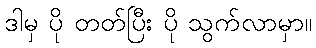
ဒါမှ ပို တတ်ပြီး ပို သွက်လာမှာ။